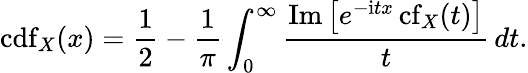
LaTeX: \operatorname{cdf}_{X}(x)=\frac{1}{2}-\frac{1}{\pi}\int_{0}^{\infty}\frac{\operatorname{Im}\left[e^{-\mathrm{i}tx}\operatorname{cf}_{X}(t)\right]}{t}\, dt.